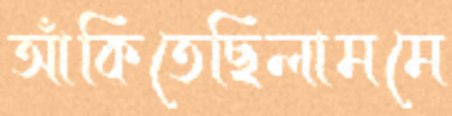
আঁকিতেছিলামমে